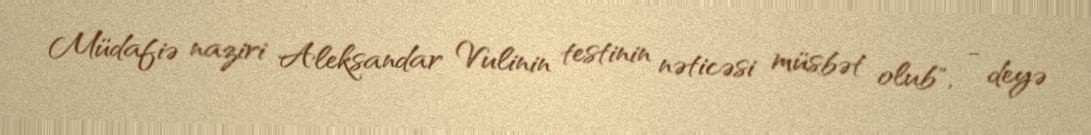
Müdafiə naziri Aleksandar Vulinin testinin nəticəsi müsbət olub", - deyə